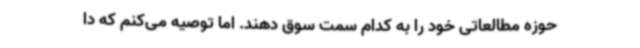
حوزه مطالعاتی خود را به کدام سمت سوق دهند. اما توصیه می‌کنم که دا